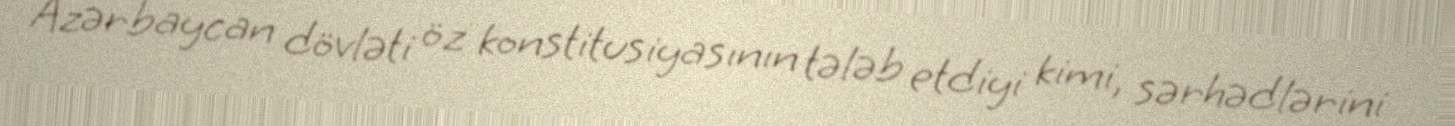
Azərbaycan dövləti öz konstitusiyasının tələb etdiyi kimi, sərhədlərini